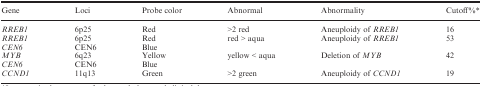
<table><thead><tr><td><b>Gene</b></td><td><b>Loci</b></td><td><b>Probe color</b></td><td><b>Abnormal</b></td><td><b>Abnormality</b></td><td><b>Cutoff%*</b></td></tr></thead><tbody><tr><td><i>RREB1</i></td><td>6p25</td><td>Red</td><td>&gt;2 red</td><td>Aneuploidy of <i>RREB1</i></td><td>16</td></tr><tr><td><i>RREB1</i><i>CEN6</i></td><td>6p25 CEN6</td><td>Red Blue</td><td>red &gt; aqua</td><td>Aneuploidy of <i>RREB1</i></td><td>53</td></tr><tr><td><i>MYB</i><i>CEN6</i></td><td>6q23 CEN6</td><td>Yellow Blue</td><td>yellow &lt; aqua</td><td>Deletion of <i>MYB</i></td><td>42</td></tr><tr><td><i>CCND1</i></td><td>11q13</td><td>Green</td><td>&gt;2 green</td><td>Aneuploidy of <i>CCND1</i></td><td>19</td></tr></tbody></table>